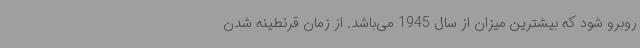
روبرو شود که بیشترین میزان از سال 1945 می‌باشد. از زمان قرنطینه شدن